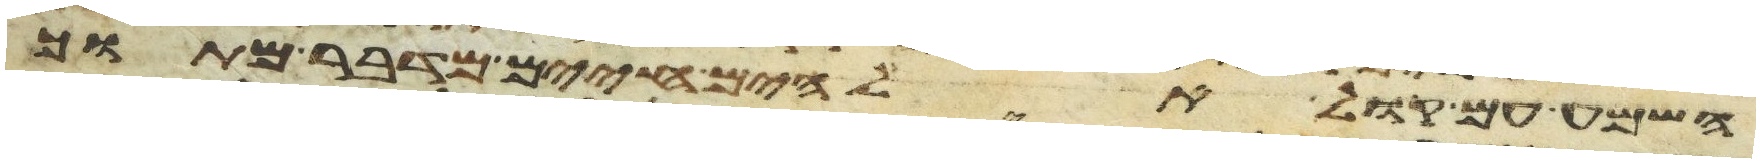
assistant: השמע עם קול אלהים חיים מדבר מתוך